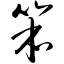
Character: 笨